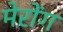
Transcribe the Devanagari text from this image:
मेरोंग